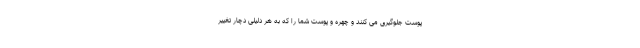
پوست جلوگیری می کنند و چهره و پوست شما را که به هر دلیلی دچار تغییر